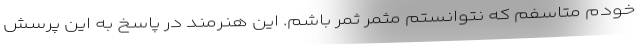
خودم متاسفم که نتوانستم مثمر ثمر باشم. این هنرمند در پاسخ به این پرسش